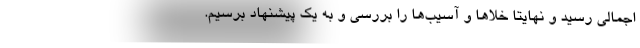
اجمالی رسید و نهایتاً خلاها و آسیب‌ها را بررسی و به یک پیشنهاد برسیم.